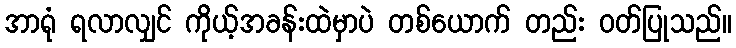
အာရုံ ရလာလျှင် ကိုယ့်အခန်းထဲမှာပဲ တစ်ယောက် တည်း ဝတ်ပြုသည်။